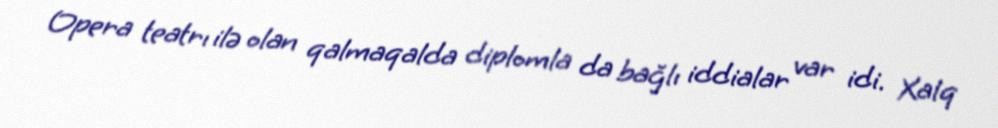
Opera teatrı ilə olan qalmaqalda diplomla da bağlı iddialar var idi. Xalq